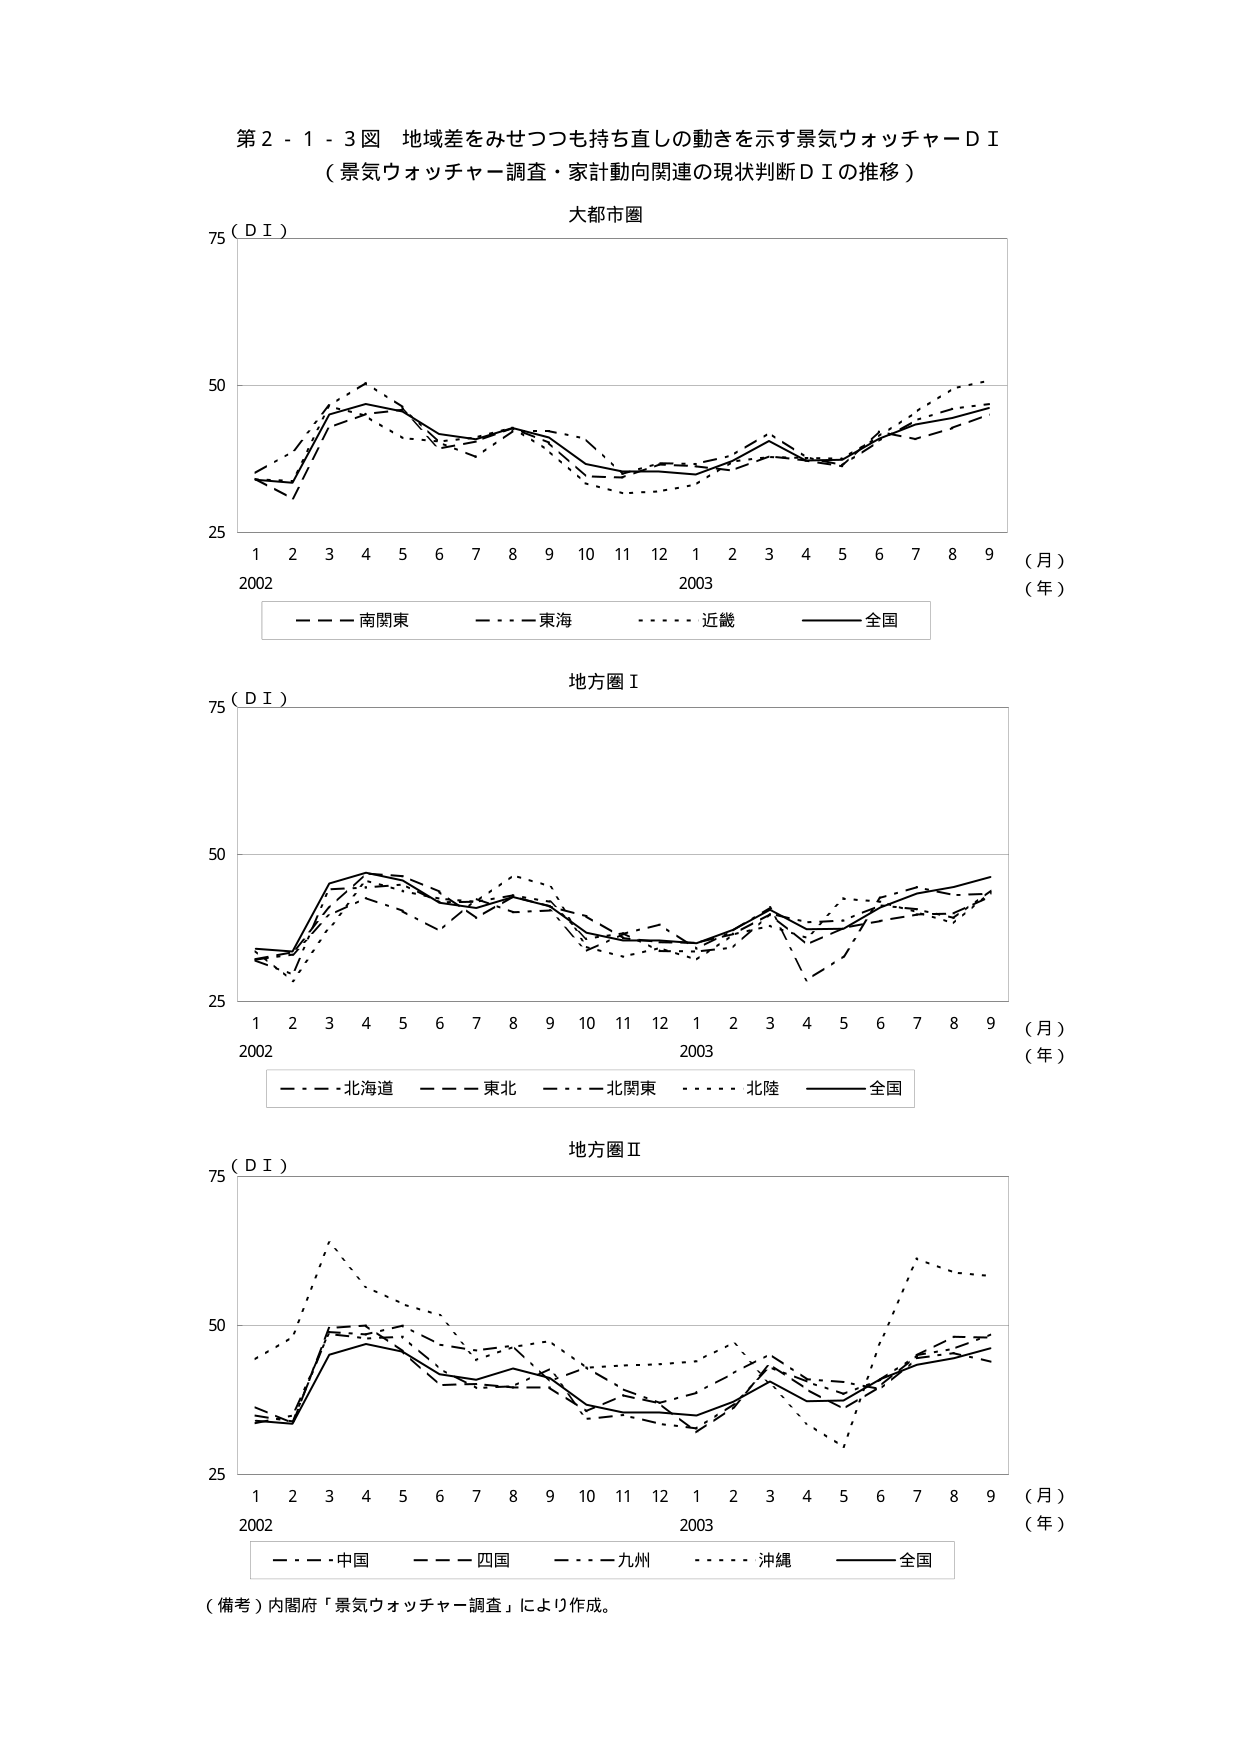
第２－１－３図 地域差をみせつつも持ち直しの動きを示す景気ウォッチャーＤＩ
（景気ウォッチャー調査・家計動向関連の現状判断ＤＩの推移）

大都市圏
75（ＤＩ）
50
25
1 2 3 4 5 6 7 8 9 10 11 12 1 2 3 4 5 6 7 8 9
2002 2003
（月）
（年）
－－－南関東 －－－東海 －－－近畿 －－－全国

地方圏Ⅰ
75（ＤＩ）
50
25
1 2 3 4 5 6 7 8 9 10 11 12 1 2 3 4 5 6 7 8 9
2002 2003
（月）
（年）
－－－北海道 －－－東北 －－－北関東 －－－北陸 －－－全国

地方圏Ⅱ
75（ＤＩ）
50
25
1 2 3 4 5 6 7 8 9 10 11 12 1 2 3 4 5 6 7 8 9
2002 2003
（月）
（年）
－－－中国 －－－四国 －－－九州 －－－沖縄 －－－全国

（備考）内閣府「景気ウォッチャー調査」により作成。